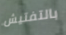
بالتفتيش